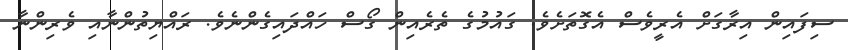
ސިފައިން އިރާގަށް އެރީވެސް އެގޮތަށެވެ. ގައުމުގެ ތެރެއިން ގޯސް ހައްދައިގެންނެވެ. ރައްޔިތުންނާއި ވެރިންނާ